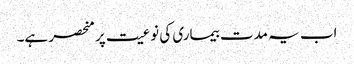
اب یہ مدت بیماری کی نوعیت پر منحصر ہے۔